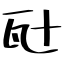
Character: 瓧